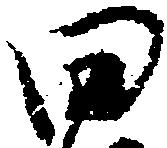
田